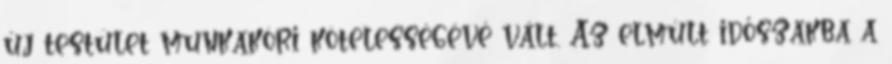
új testület munkaköri kötelességévé vált. Az elmúlt időszakba a